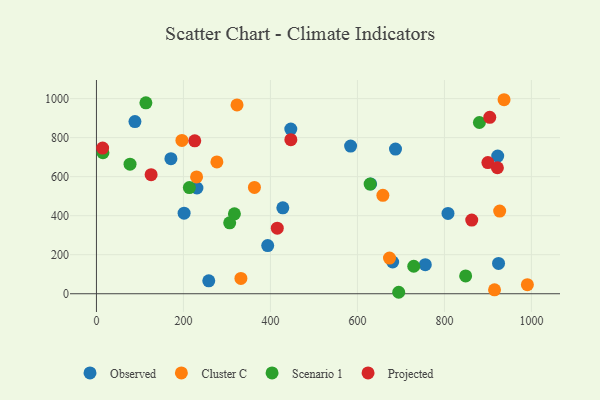
{"axis": {"x": "Distance", "y": "Fuel Efficiency"}, "legend": ["Cluster C", "Observed", "Projected", "Scenario 1"], "data": [{"x": "171.2", "y": 692.2, "type": "Observed"}, {"x": "446.8", "y": 844.1, "type": "Observed"}, {"x": "88.5", "y": 882.2, "type": "Observed"}, {"x": "428.5", "y": 440.2, "type": "Observed"}, {"x": "922.5", "y": 705.5, "type": "Observed"}, {"x": "201.5", "y": 413.0, "type": "Observed"}, {"x": "630.3", "y": 562.7, "type": "Observed"}, {"x": "756.0", "y": 148.9, "type": "Observed"}, {"x": "924.4", "y": 155.5, "type": "Observed"}, {"x": "393.7", "y": 246.6, "type": "Observed"}, {"x": "258.2", "y": 66.3, "type": "Observed"}, {"x": "808.2", "y": 411.7, "type": "Observed"}, {"x": "231.0", "y": 541.9, "type": "Observed"}, {"x": "681.0", "y": 162.6, "type": "Observed"}, {"x": "584.3", "y": 756.9, "type": "Observed"}, {"x": "687.5", "y": 741.2, "type": "Observed"}, {"x": "990.7", "y": 46.7, "type": "Cluster C"}, {"x": "230.2", "y": 598.7, "type": "Cluster C"}, {"x": "915.2", "y": 20.0, "type": "Cluster C"}, {"x": "673.7", "y": 182.8, "type": "Cluster C"}, {"x": "937.1", "y": 994.3, "type": "Cluster C"}, {"x": "927.0", "y": 423.5, "type": "Cluster C"}, {"x": "363.2", "y": 544.7, "type": "Cluster C"}, {"x": "196.5", "y": 785.7, "type": "Cluster C"}, {"x": "276.9", "y": 675.4, "type": "Cluster C"}, {"x": "323.2", "y": 967.6, "type": "Cluster C"}, {"x": "658.5", "y": 504.4, "type": "Cluster C"}, {"x": "332.1", "y": 78.4, "type": "Cluster C"}, {"x": "848.8", "y": 91.3, "type": "Scenario 1"}, {"x": "77.2", "y": 664.1, "type": "Scenario 1"}, {"x": "306.3", "y": 363.6, "type": "Scenario 1"}, {"x": "729.5", "y": 140.9, "type": "Scenario 1"}, {"x": "113.7", "y": 978.2, "type": "Scenario 1"}, {"x": "317.2", "y": 409.7, "type": "Scenario 1"}, {"x": "694.9", "y": 7.5, "type": "Scenario 1"}, {"x": "880.4", "y": 877.7, "type": "Scenario 1"}, {"x": "629.2", "y": 562.2, "type": "Scenario 1"}, {"x": "14.9", "y": 722.5, "type": "Scenario 1"}, {"x": "213.6", "y": 543.9, "type": "Scenario 1"}, {"x": "125.7", "y": 610.1, "type": "Projected"}, {"x": "415.7", "y": 335.9, "type": "Projected"}, {"x": "904.2", "y": 904.2, "type": "Projected"}, {"x": "899.9", "y": 672.0, "type": "Projected"}, {"x": "14.2", "y": 746.7, "type": "Projected"}, {"x": "921.8", "y": 645.6, "type": "Projected"}, {"x": "446.9", "y": 789.5, "type": "Projected"}, {"x": "862.8", "y": 377.6, "type": "Projected"}, {"x": "226.0", "y": 783.9, "type": "Projected"}]}